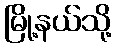
မြို့နယ်သို့